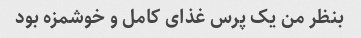
بنظر من یک پرس غذاى کامل و خوشمزه بود